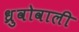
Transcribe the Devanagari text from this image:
ध्रुवोवाली